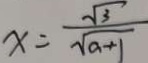
x = \frac { \sqrt { 3 } } { \sqrt { a + 1 } }